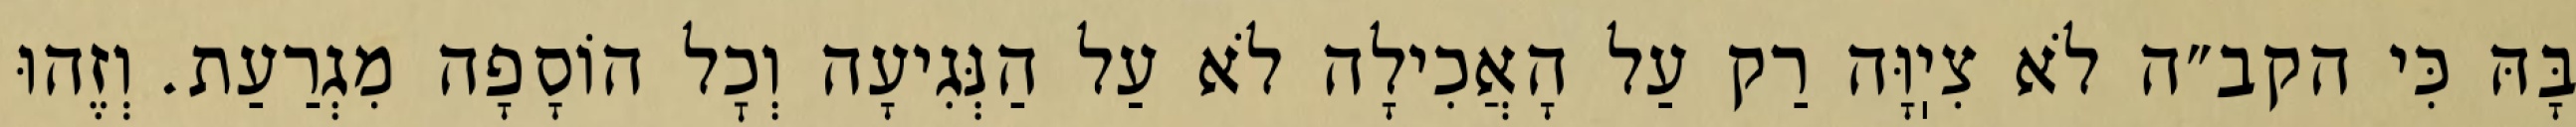
בָּהּ כִּי הקב״ה לֹא צִיֽוָּה רַק עַל הָאֲכִילָה לֹא עַל הַנְּגִיעָה וְכׇל הוֹסָפָה מִגְרַעַת. וְזֶהוּ